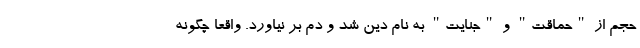
حجم از "حماقت" و "جنایت" به نام دین شد و دم بر نیاورد. واقعاً چگونه